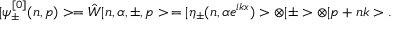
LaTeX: | \psi _ { \pm } ^ { [ 0 ] } ( n , p ) > = \hat { W } | n , \alpha , \pm , p > \nonumber \, = | \eta _ { \pm } ( n , \alpha e ^ { i k x } ) > \otimes | \pm > \otimes | p + n k > .